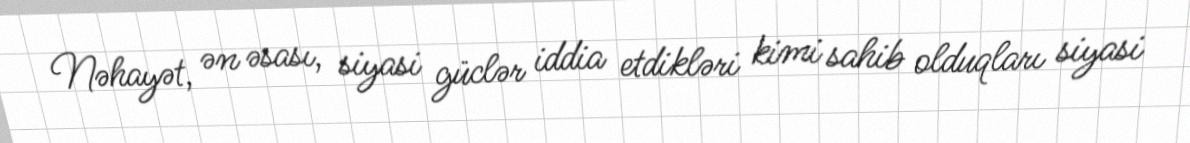
Nəhayət, ən əsası, siyasi güclər iddia etdikləri kimi sahib olduqları siyasi